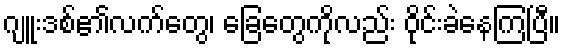
ဂျူးဒစ်၏လက်တွေ၊ ခြေတွေကိုလည်း ဝိုင်းခဲနေကြပြီ။